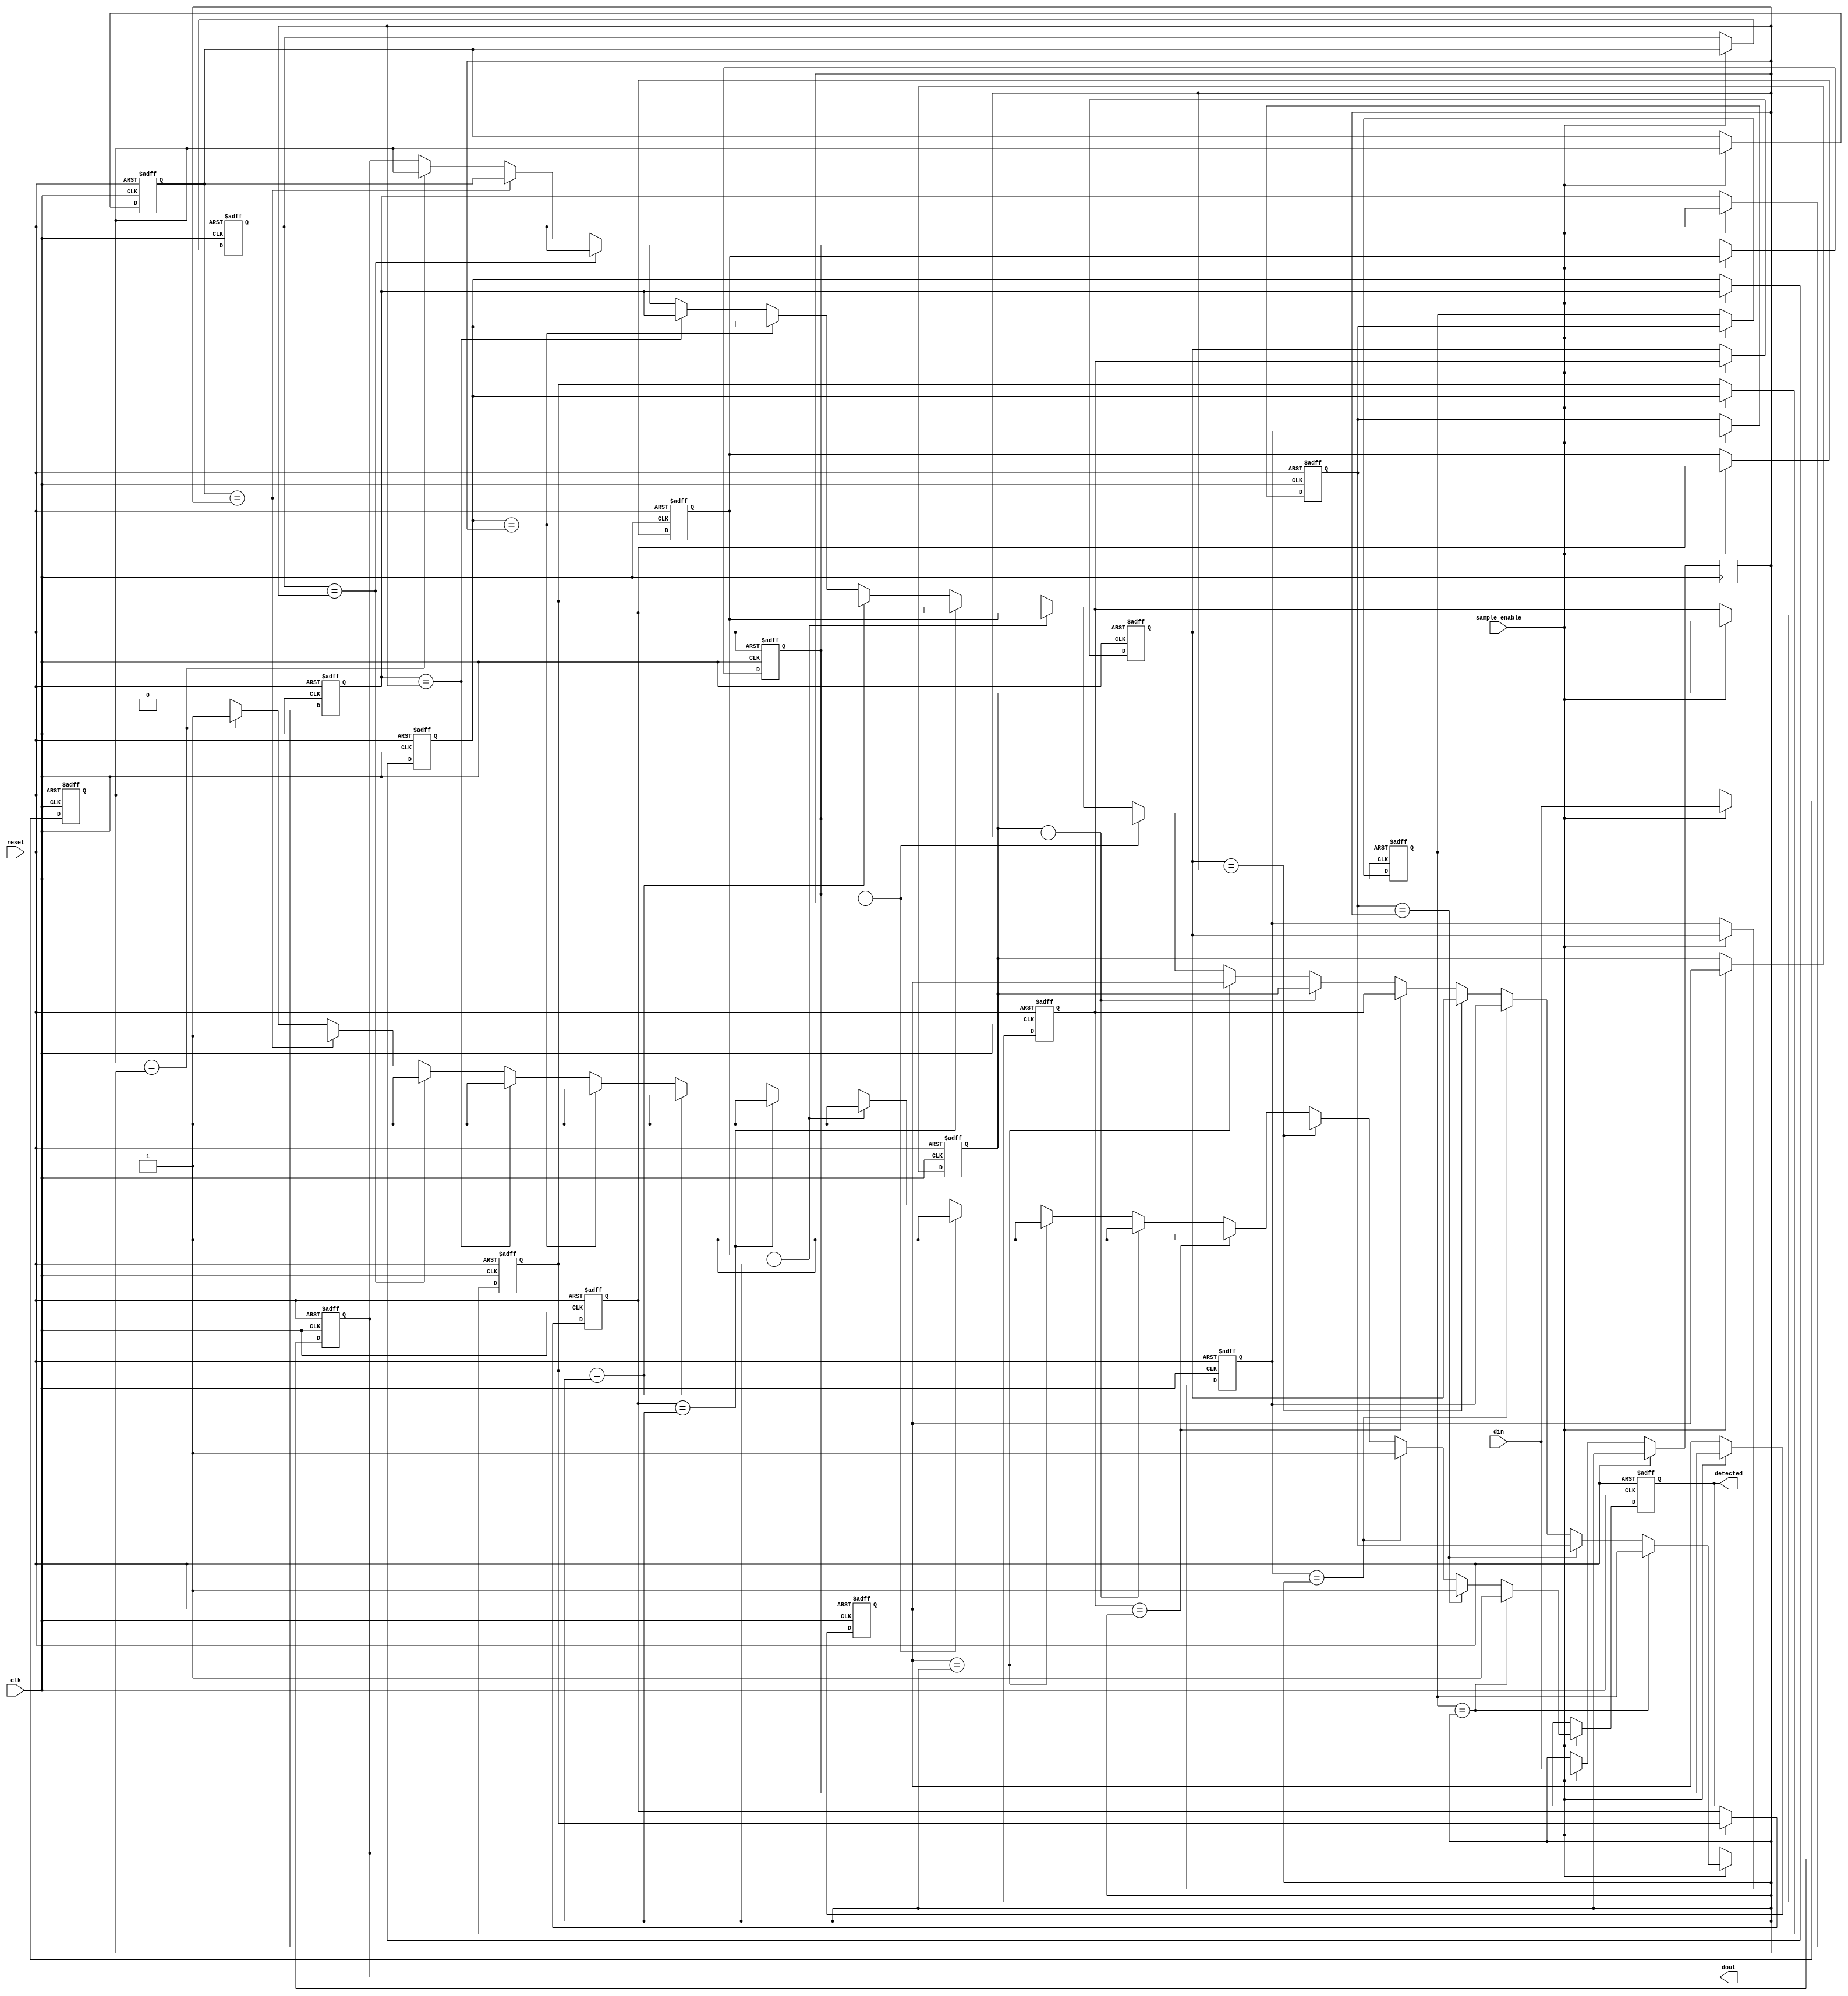
module MemoryBlocksSamplingDelayLineDetector #(
    parameter DATA_WIDTH = 8,         // Width of the input data
    parameter MEMORY_DEPTH = 16,      // Number of memory blocks (depth of delay line)
    parameter SAMPLING_RATE = 100      // Sampling rate (in Hz)
)(
    input wire clk,                   // Clock signal
    input wire reset,                 // Reset signal
    input wire sample_enable,         // Enable signal for sampling
    input wire [DATA_WIDTH-1:0] din,  // Input data
    output reg detected,              // Detection flag
    output reg [DATA_WIDTH-1:0] dout  // Output data for further processing
);

    // Memory blocks (delay line)
    reg [DATA_WIDTH-1:0] memory [0:MEMORY_DEPTH-1];
    integer i;

    // Internal signal to hold the current sample
    reg [DATA_WIDTH-1:0] current_sample;

    // Control logic for sampling and detection
    always @(posedge clk or posedge reset) begin
        if (reset) begin
            // Reset memory and output
            for (i = 0; i < MEMORY_DEPTH; i = i + 1) begin
                memory[i] <= 0;
            end
            detected <= 0;
            dout <= 0;
        end else if (sample_enable) begin
            // Shift memory blocks
            for (i = MEMORY_DEPTH-1; i > 0; i = i - 1) begin
                memory[i] <= memory[i-1];
            end
            // Store the current sample
            memory[0] <= din;
            current_sample <= din;

            // Detection logic (example: looking for a specific pattern)
            detected <= 0; // Reset detection flag
            for (i = 0; i < MEMORY_DEPTH; i = i + 1) begin
                // Example condition: detect if current sample matches any previous sample
                if (memory[i] == current_sample) begin
                    detected <= 1;
                    dout <= memory[i]; // Output the detected sample
                end
            end
        end
    end

endmodule